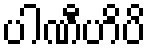
ပါဏီဟိပိ